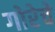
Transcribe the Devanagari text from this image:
गोरेचे